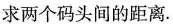
求两个码头间的距离。